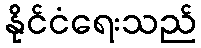
နိုင်ငံရေးသည်